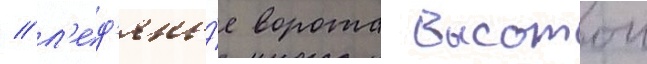
/ л'ед'яны́е ворота высотои